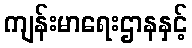
ကျန်းမာရေးဌာနနှင့်